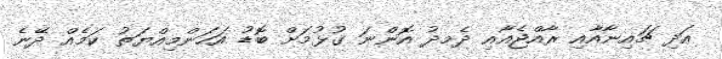
އަދި ޗައިނާއާއި ރާއްޖެއާއި ދެމދު އޮންނަ ގުޅުމަށް ބޮޑު އަހަންމިއްޔަތު ކަމެއް ދޭނެ